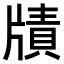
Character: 𤗮